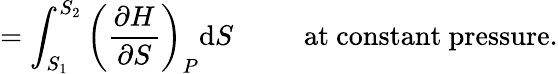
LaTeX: =\int_{S_{1}}^{S_{2}}\left({\frac{\partial H}{\partial S}}\right)_{P}\mathrm{d}S\, \, \, \, \, \, \, \, \, \, \, \, \, \, \, {\mathrm{at~constant~pressure.}}